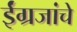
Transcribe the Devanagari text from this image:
ईंग्रजांचे